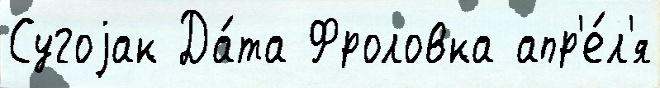
Сугоjак Да́та Фроловка апр'е́л'я